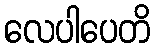
လေပါပေတိ